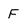
Character: F